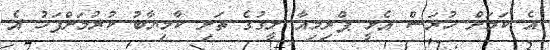
އެ ކަމަށް ހުރަސް އެޅީ ޕްރިމިއާ ލީގުގެ ތަށި ކާމިޔާބު ކުރުމަށްފަހު އެ